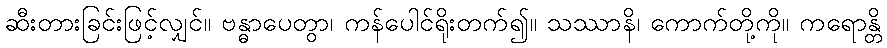
ဆီးတားခြင်းဖြင့်လျှင်။ ဗန္ဓာပေတွာ၊ ကန်ပေါင်ရိုးတက်၍။ သဿာနိ၊ ကောက်တို့ကို။ ကရောန္တိ